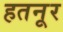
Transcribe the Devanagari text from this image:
हतनूर